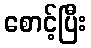
စောင့်ပြီး